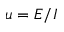
u = E / I